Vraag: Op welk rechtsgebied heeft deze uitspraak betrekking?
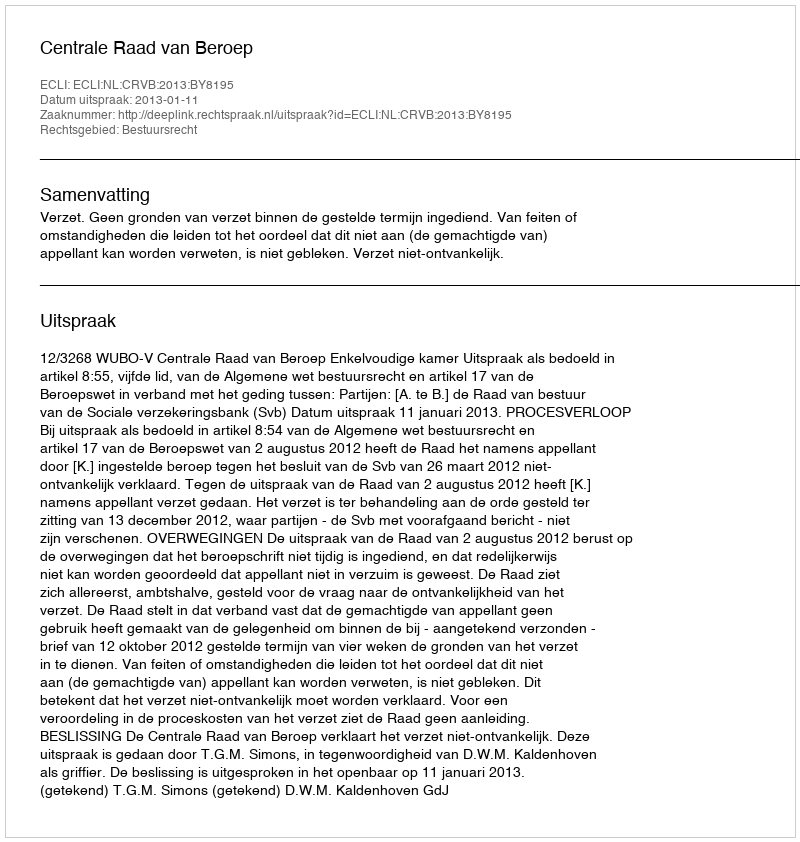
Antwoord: Bestuursrecht